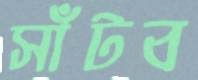
সাঁটব